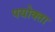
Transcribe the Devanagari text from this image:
पयोक्ता